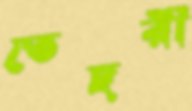
তেছরী